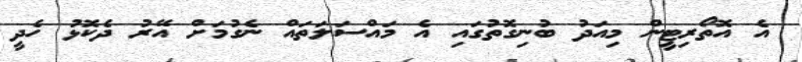
އެ އޮތޯރިޓީން މިއަދު ބުނިގޮތުގައި އެ މައްސަލަތައް ނެގުމަށް އޭރު ދެކޮޅު ހެދީ